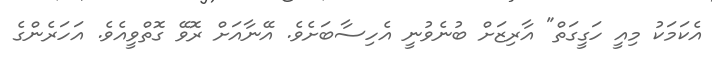
އެކަމަކު މިއީ ހަގީގަތް" އާރިޒަށް ބުނެވުނީ އެހިސާބަށެވެ. އޭނާއަށް ރޮވޭ ގޮތްވީއެވެ. އަހަރެންގެ